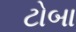
ટોબા